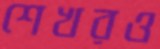
শেখরও